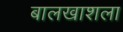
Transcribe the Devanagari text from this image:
बालखाशला